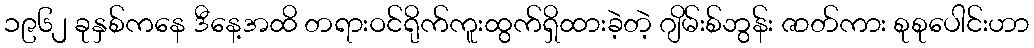
၁၉၆၂ ခုနှစ်ကနေ ဒီနေ့အထိ တရားဝင်ရိုက်ကူးထွက်ရှိထားခဲ့တဲ့ ဂျိမ်းစ်ဘွန်း ဇာတ်ကား စုစုပေါင်းဟာ